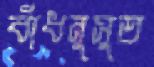
বাঁধনুসুত